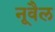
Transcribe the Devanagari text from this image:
नूवैल